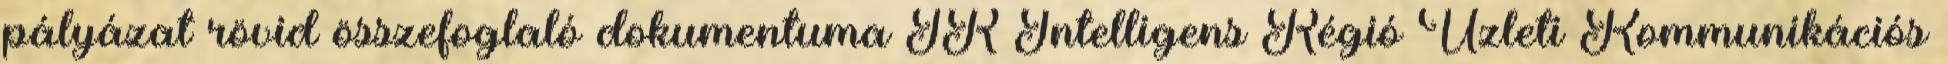
pályázat rövid összefoglaló dokumentuma IR Intelligens Régió Üzleti Kommunikációs